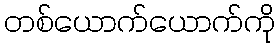
တစ်ယောက်ယောက်ကို